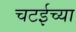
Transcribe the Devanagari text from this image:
चटईच्या